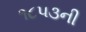
૧૮૫૩ની